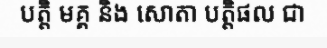
បត្តិ មគ្គ និង សោតា បត្តិផល ជា